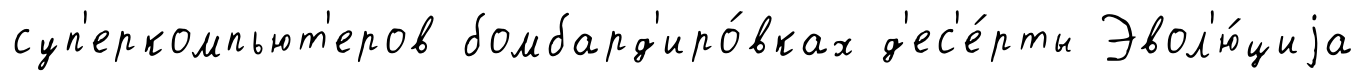
суп'еркомпьют'еров бомбард'иро́вках д'ес'е́рты Эвол'ю́циjа